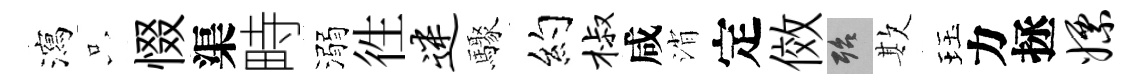
瀉只惙渠畤溺徃迷驟约椒咸消定傚殆欺珏力拯嫖